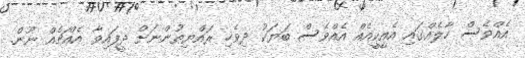
އެއްވެސް ހާލެއްގައި އެއީކީއެއް އެއްވެސް ބަޔަކު ދިވެހި ރައްޔިތުންނަށް ދީފައިވާ އެއްޗެއް ނޫން.